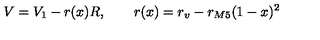
V = V _ { 1 } - r ( x ) R , \qquad r ( x ) = r _ { v } - r _ { M 5 } ( 1 - x ) ^ { 2 }